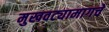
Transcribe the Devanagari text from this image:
मुखवट्यामागचे